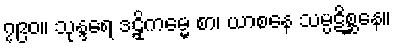
၇၉၀။ သုန္ဒရေ ဒဠှိကမ္မေ စာ၊ ယာစနေ သမ္ပဋိစ္ဆနေ။